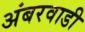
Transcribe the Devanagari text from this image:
अंबरवाडी